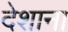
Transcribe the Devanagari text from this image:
देशाना